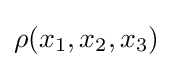
\rho (x_{1},x_{2},x_{3})